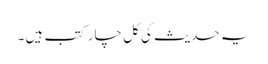
یہ حدیث کی کل چار کتب ہیں ۔